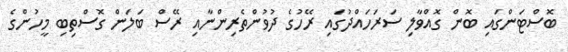
ބޮސްޓަންގައި ބޮން ގޮއްވާލި ސަރަހައްދުގައި ރޭހުގެ ދުވުންތެރިންނާއި ރޭސް ބަލަން ގޮސްތިބި މީހުންގެ